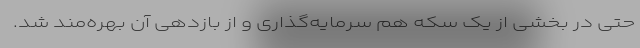
حتی در بخشی از یک سکه هم سرمایه‌گذاری و از بازدهی آن بهره‌مند شد.